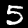
Label: 5